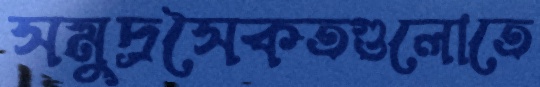
সমুদ্রসৈকতগুলোতে